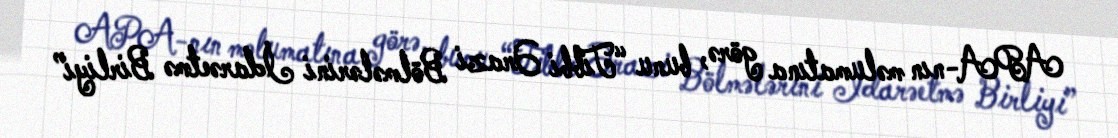
APA-nın məlumatına görə, bunu “Tibbi Ərazi Bölmələrini İdarəetmə Birliyi”